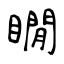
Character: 瞯